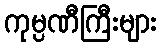
ကုမ္ပဏီကြီးများ